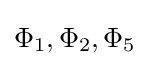
\Phi _{1},\Phi _{2},\Phi _{5}